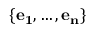
\{ \mathbf { e _ { 1 } } , \dots , \mathbf { e _ { n } } \}